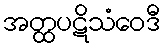
အတ္ထပဋိသံဝေဒီ